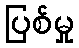
ပြစ်မှု